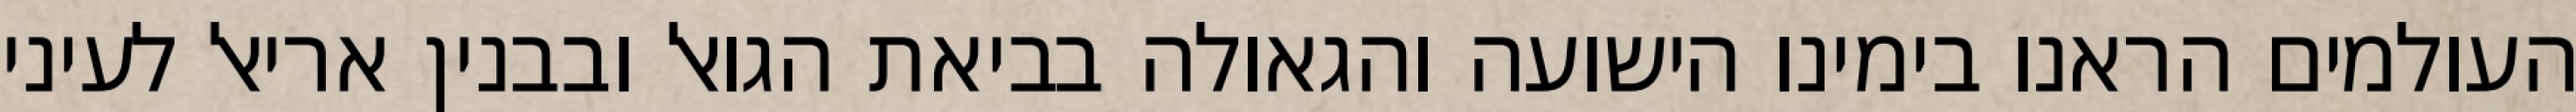
העולמים הראנו בימינו הישועה והגאולה בביאת הגואל ובבנין אריאל לעיני